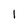
Character: 1